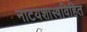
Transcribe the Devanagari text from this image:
नाटयशास्त्रविहित